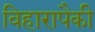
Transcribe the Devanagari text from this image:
विहारापैकी